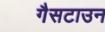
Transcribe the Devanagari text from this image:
गैसटाउन